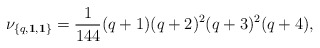
\begin{align*}\nu_{\{q,{\bf 1},{\bf 1}\}}={1\over 144}(q+1)(q+2)^2(q+3)^2(q+4),\end{align*}